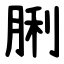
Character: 脷